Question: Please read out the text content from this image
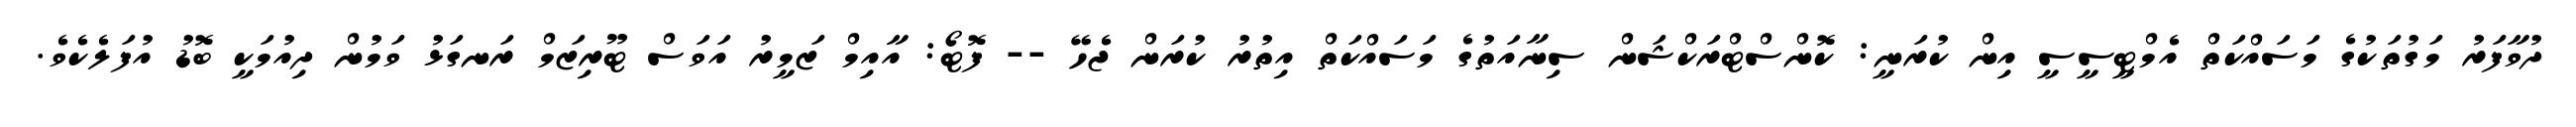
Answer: ދުވާފަރު މަގުތަކުގެ މަސައްކަތް އެމްޓީސީސީ އިން ކުރަނީ: ކޮންސްޓްރަކްޝަން ސިނާއަތުގެ މަސައްކަތް އިތުރު ކުރަން ޖެހޭ -- ފޮޓޯ: އާއިމް ޒަމީރު އަވަސް ޓޫރިޒަމް ރަނގަޅު ވަމުން ދިއުމަކީ ބޮޑު އުފަލެކެވެ.